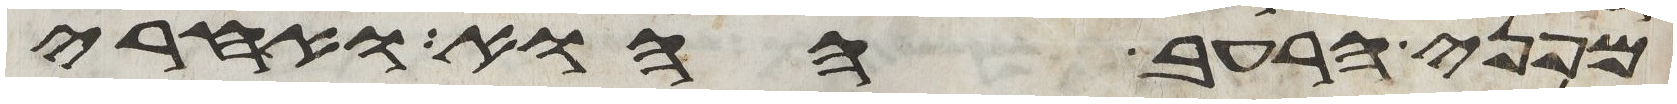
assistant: מפני הרעב ההוא ואחרי